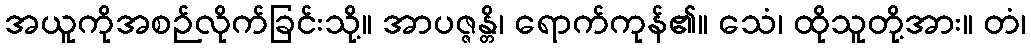
အယူကိုအစဉ်လိုက်ခြင်းသို့။ အာပဇ္ဇန္တိ၊ ရောက်ကုန်၏။ သေံ၊ ထိုသူတို့အား။ တံ၊